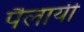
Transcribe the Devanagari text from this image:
पैलायी